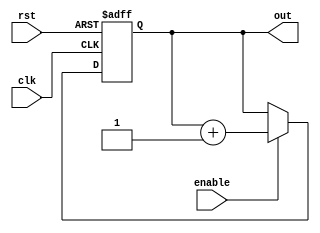
module johnson_counter (
    input wire clk,
    input wire rst,
    input wire enable,
    output reg [3:0] out
);

reg [3:0] count;

always @(posedge clk or posedge rst) begin
    if (rst) begin
        count <= 4'b0000;
    end else if (enable) begin
        count <= count + 1;
    end
end

assign out = count;

endmodule